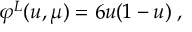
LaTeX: \varphi ^ { L } ( u , \mu ) = 6 u ( 1 - u ) \; ,